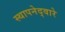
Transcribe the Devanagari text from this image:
स्थापनेद्वारे